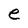
Character: e